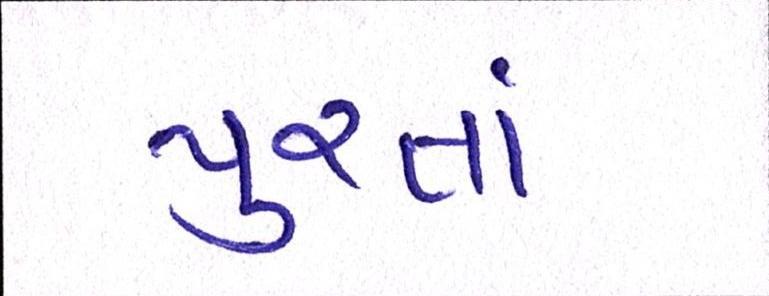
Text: પુરતાં